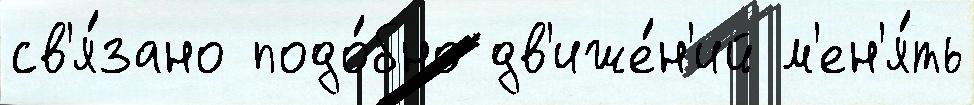
св'я́зано подо́бно дв'иже́н'ий м'ен'я́ть